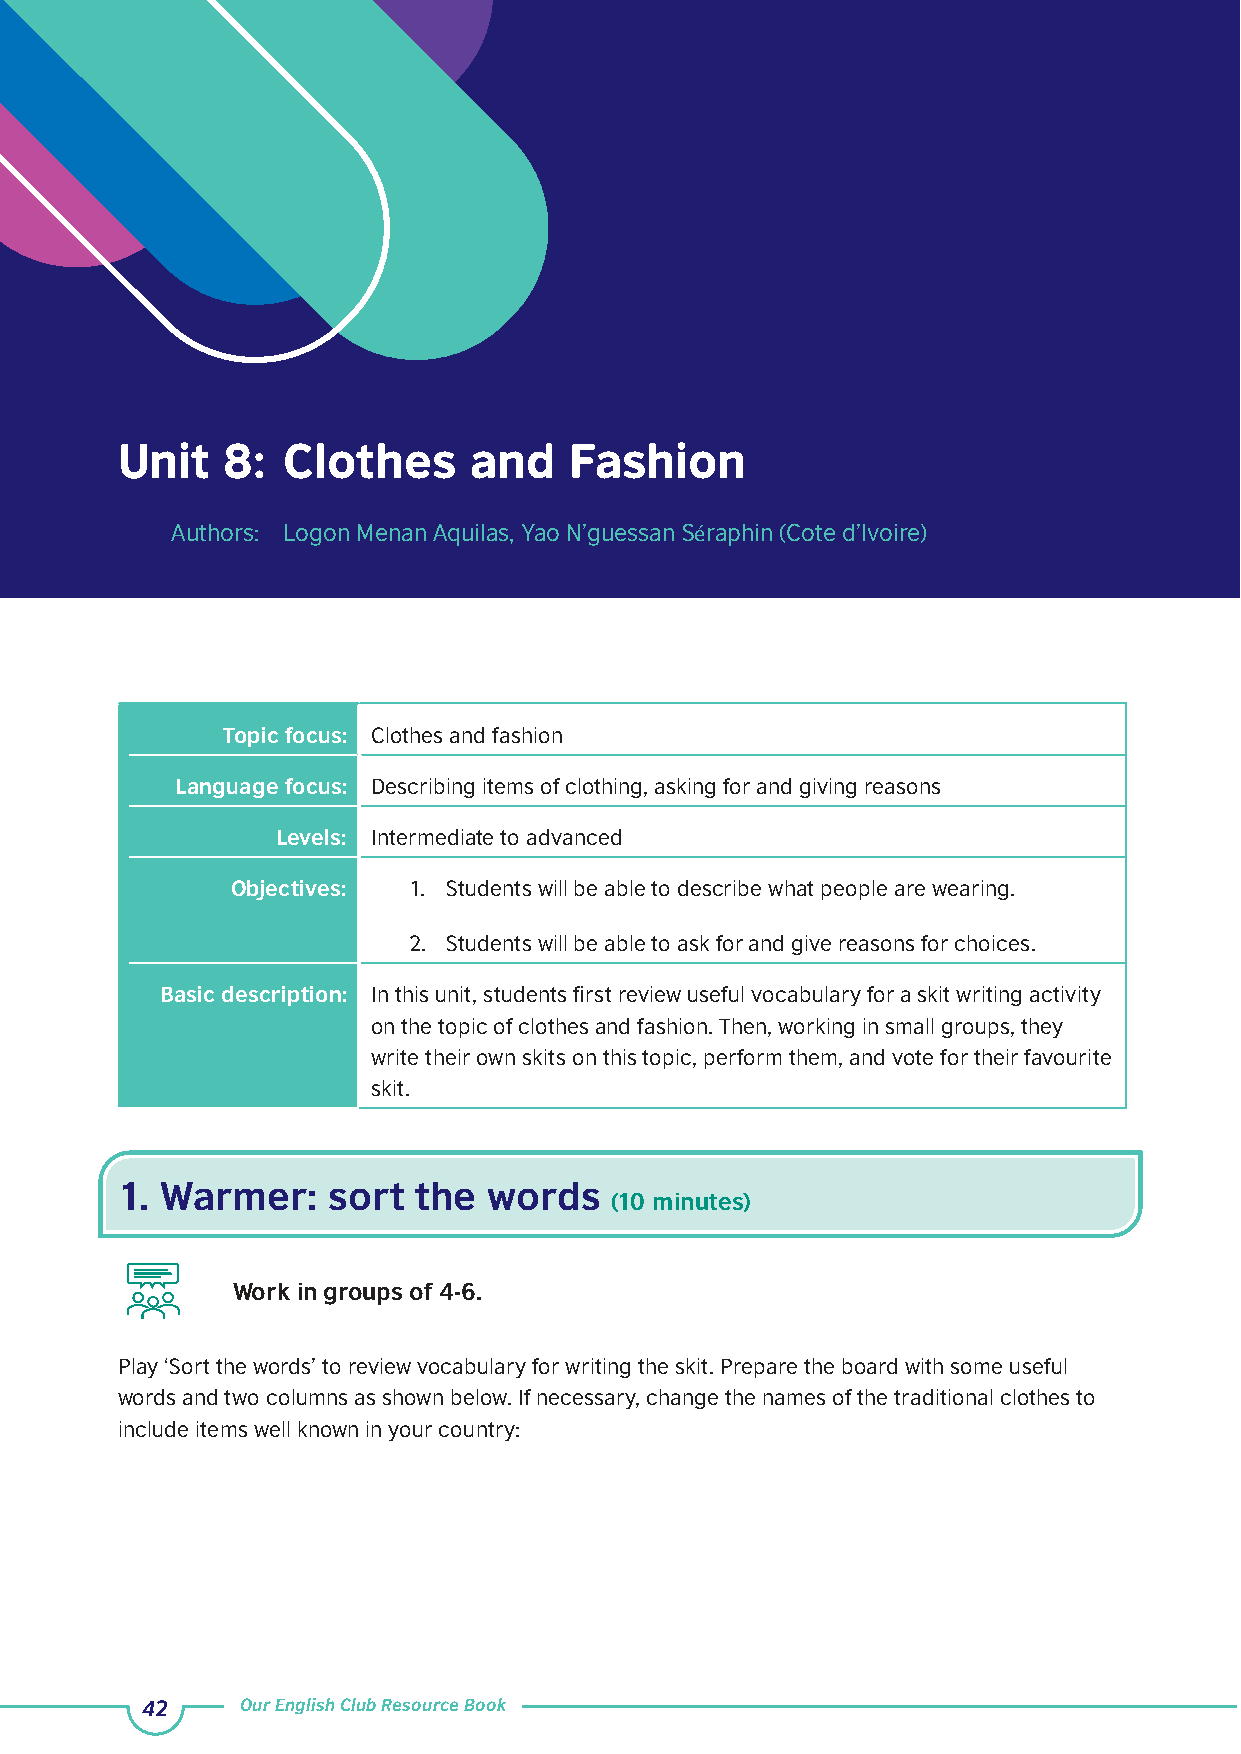
Unit   8:  Clothes     and    Fashion
 Authors: Logon Menan Aquilas, Yao N’guessan Séraphin (Cote d’Ivoire)
 Topic focus: Clothes and fashion
 Language focus: Describing items of clothing, asking for and giving reasons
 Levels: Intermediate to advanced
 Objectives: 1. Students will be able to describe what people are wearing.
 2. Students will be able to ask for and give reasons for choices.
 Basic description: In this unit, students first review useful vocabulary for a skit writing activity
 on the topic of clothes and fashion. Then, working in small groups, they
 write their own skits on this topic, perform them, and vote for their favourite
 skit.
 1. Warmer:    sort  the words
 (10 minutes)
 Work in groups of 4-6.
 Play ‘Sort the words’ to review vocabulary for writing the skit. Prepare the board with some useful
 words and two columns as shown below. If necessary, change the names of the traditional clothes to
 include items well known in your country:
 42     Our English Club Resource Book